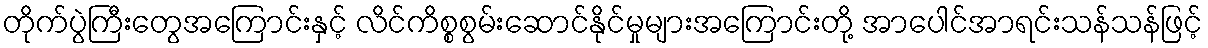
တိုက်ပွဲကြီးတွေအကြောင်းနှင့် လိင်ကိစ္စစွမ်းဆောင်နိုင်မှုများအကြောင်းတို့ အာပေါင်အာရင်းသန်သန်ဖြင့်